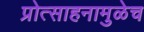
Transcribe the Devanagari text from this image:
प्रोत्साहनामुळेच